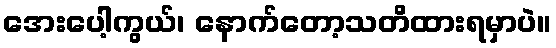
အေးပေါ့ကွယ်၊ နောက်တော့သတိထားရမှာပဲ။